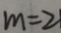
m = 2